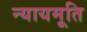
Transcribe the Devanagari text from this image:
न्यायमूति